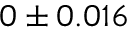
0 \pm 0 . 0 1 6